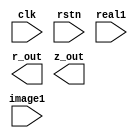
module calculate (
    input wire clk,
    input wire rstn,
    input wire [16: 0] real1,
    input wire [16: 0] image1,

    output wire [15: 0] r_out,
    output wire [15: 0] z_out
);

//assign r_out = () / ();
//assign z_out = 

endmodule